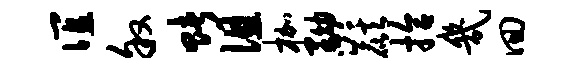
谊叙赌徂枷黝麒拾几回